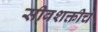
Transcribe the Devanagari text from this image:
सीवशक्तीच